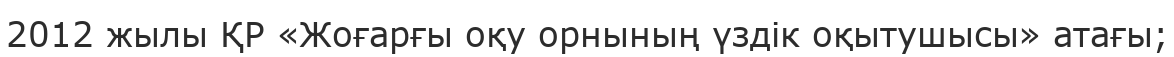
2012 жылы ҚР «Жоғарғы оқу орнының үздік оқытушысы» атағы;